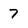
Character: 7